King Institute of Preventive Medicine Bacteriolog. Section reports 1907-08
Year: 1907
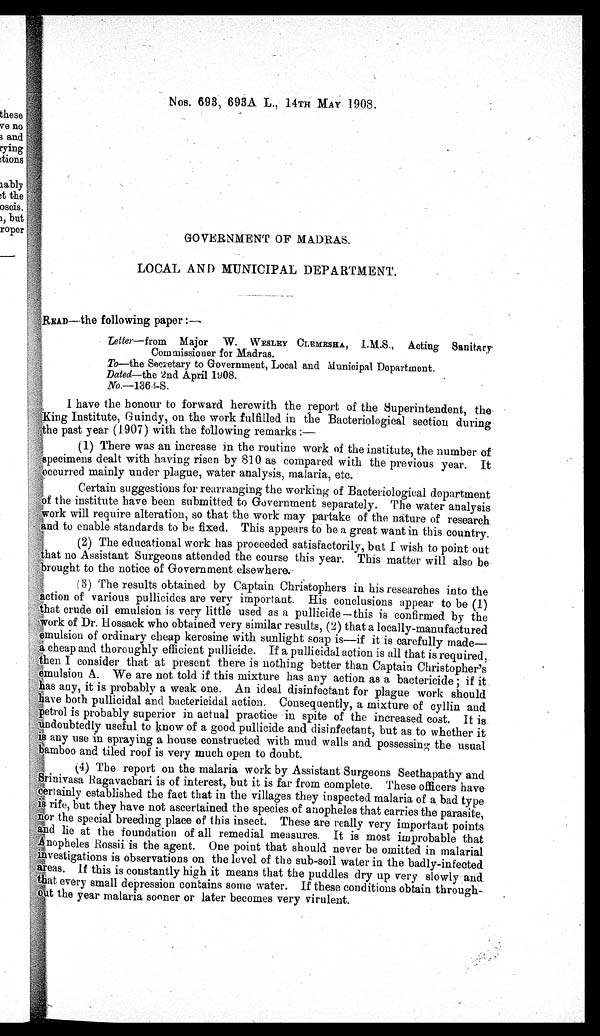
Nos. 693, 693A L., 14TH MAY 1908.
GOVERNMENT OF MADRAS.
LOCAL AND MUNICIPAL DEPARTMENT.
READ—the following paper :—
Letter—from Major W. WESLEY CLEMESHA, I.M.S., Acting Sanitary
Commissioner for Madras.
To —the Secretary to Government, Local and Municipal Department.
Dated—the 2nd April 1908 .
No.—1363-S.
I have the honour to forward herewith the report of the Superintendent, the
King Institute Guindy,
on the work fulfilled in the Bacteriological section during
the past year (1907) with the following remarks :
—
(1) There was an increase in the routine work of the institute, the number of
specimens dealt with having risen by 810 as compared with the previous year. It
occurred mainly under plague, water analysis, malaria, etc.
Certain suggestions for rearranging the working of Bacteriological department
of the institute have been submitted to Government separately. The water analysis
work will require alteration, so that the work may partake of the nature of research
and to enable standards to be fixed. This appears to be a great want in this country.
(2) The educational work has proceeded satisfactorily, bat I wish to point out
that no Assistant Surgeons attended the course this year. This matter will also be
brought to the notice of Government elsewhere.
(3) The results obtained by Captain Christophers in his researches into the
action of various pullicides are very important. His conclusions appear to be (1)t
hat crude oil emulsion is very little used as a pullicide —this is confirmed by the
work of Dr. Hossack who obtained very similar results, (2) that a locally-manufactured
emulsion of ordinary cheap kerosine with sunlight soap is—if it is carefully
made—a cheap and thoroughly efficient pullicide. If a pullicidal action is all that is
required ,then I consider that at present there is nothing better than Captain Christopher's
emulsion A We are not told if this mixture has any action as a bactericide if it
has any, it is probably a weak one. An ideal disinfectant for plague work should
have both pullicidal and bactericidal action. Consequently, a mixture of cyllin and
petrol is probably superior in actual practice in spite of the increased cost. It is
undoubtedly useful to know of a good pullicide and disinfectant, but as to whether it
is any use in spraying a house constructed with mud walls and possessing the usual
bamboo and tiled roof is very much open to doubt.
(4) The report on the malaria work by Assistant Surgeons Seethapathy and
Srinivasa Ragavachari is of interest, but it is far from complete. These officers have
certainly established the fact that in the villages they inspected malaria of a bad is type
rife, but they have not ascertained the species of anopheles that carries the parasite,
nor the special breeding place of this insect. These are really very important points
and lie at the foundation of all remedial measures. It is most improbable that
Anopheles Rossii is the agent. One point that should never be omitted in malarial
investigations is observations on the level of the sub-soil water in the badly-infected
areas. If this is constantly high it means that the puddles dry up very slowly and
that every small depression contains some water. If these conditions obtain through-
out the year malaria sooner or later becomes very virulent.